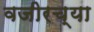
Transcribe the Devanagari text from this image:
वजीरच्या